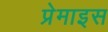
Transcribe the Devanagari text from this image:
प्रेमाइस